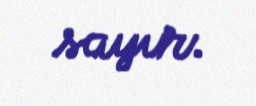
sayır.